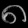
Digit: ၈